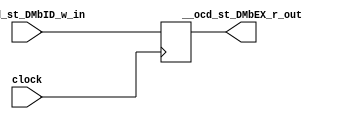

// File generated by Go version U-2022.12#33f3808fcb#221128, Thu Jan 25 16:08:15 2024
// Copyright 2014-2022 Synopsys, Inc. All rights reserved.
// go -I../lib -F -DSYNTHESIS_NO_UNGROUP -D__tct_patch__=0 -Verilog -otrv32p3_cnn_vlog -cgo_options.cfg -Itrv32p3_cnn_vlog/tmp_pdg -updg -updg_controller trv32p3_cnn



`timescale 1ns/1ps

// module pipe___ocd_st_DMbEX : pipe___ocd_st_DMbEX
module pipe___ocd_st_DMbEX
  ( input  clock,
    input  __ocd_st_DMbID_w_in, // bool
    output __ocd_st_DMbEX_r_out // bool
  );


  reg pipe_val___ocd_st_DMbEX_r_out;

  assign __ocd_st_DMbEX_r_out = pipe_val___ocd_st_DMbEX_r_out;


  always @ (posedge clock)
  begin : p_pipe___ocd_st_DMbEX
    // (_pipe__ocd_st_DMbID_EX)
    pipe_val___ocd_st_DMbEX_r_out <= __ocd_st_DMbID_w_in;

  end
endmodule